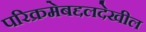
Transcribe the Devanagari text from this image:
परिक्रमेबद्दलदेखील